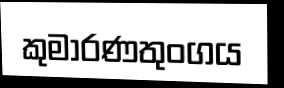
කුමාරණතුංගය